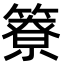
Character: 簝